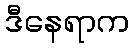
ဒီနေရာက